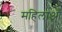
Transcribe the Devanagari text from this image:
महिलाऑँ